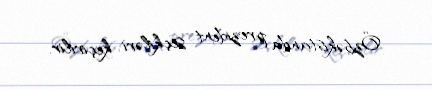
Özbəkistanda prezident seçkiləri keçirilir.